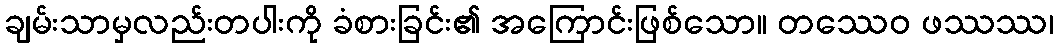
ချမ်းသာမှလည်းတပါးကို ခံစားခြင်း၏ အကြောင်းဖြစ်သော။ တဿေဝ ဖဿဿ၊